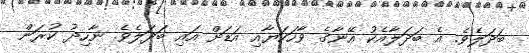
ބަދަލެވެ. އެ ބަދަލާއެކު އޭނާގެ ވާހަކަޔާއި އަޑަށް އައި ބަދަލެވެ. ނާހިދު ކުރަން